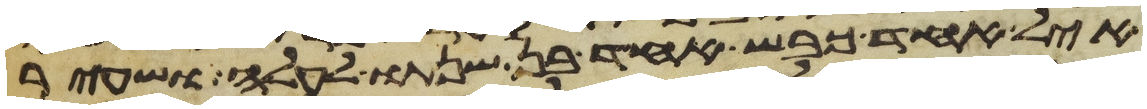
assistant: איל אחד כבש אחד בן שנתו לעלה ושעיר